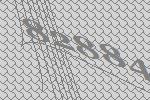
82884